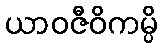
ယာဝဇီဝိကမ္ပိ